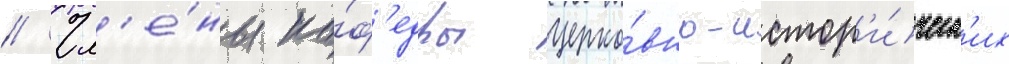
// Чл'е́ны ка́ф'едры церко́вно-истор'и́ческ'их